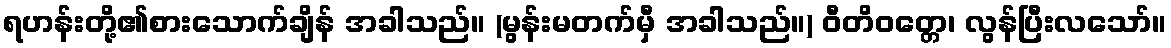
ရဟန်းတို့၏စားသောက်ချိန် အခါသည်။ (မွန်းမတက်မှီ အခါသည်။) ဝီတိဝတ္တေ၊ လွန်ပြီးလသော်။